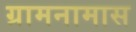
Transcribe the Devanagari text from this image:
ग्रामनामास